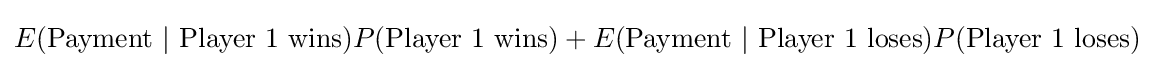
E({\text{Payment}}~|~{\text{Player 1 wins}})P({\text{Player 1 wins}})+E({\text{Payment}}~|~{\text{Player 1 loses}})P({\text{Player 1 loses}})